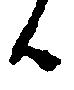
候